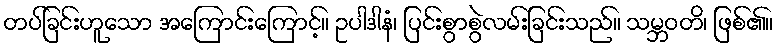
တပ်ခြင်းဟူသော အကြောင်းကြောင့်။ ဥပါဒါနံ၊ ပြင်းစွာစွဲလမ်းခြင်းသည်။ သမ္ဘဝတိ၊ ဖြစ်၏။